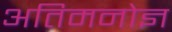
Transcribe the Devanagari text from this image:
अतिमनोज्ञ